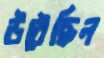
উঠেছিল